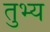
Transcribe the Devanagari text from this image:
तुभ्य